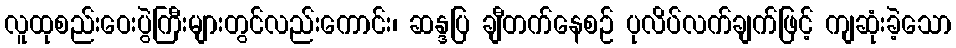
လူထုစည်းဝေးပွဲကြီးများတွင်လည်းကောင်း၊ ဆန္ဒပြ ချီတက်နေစဉ် ပုလိပ်လက်ချက်ဖြင့် ကျဆုံးခဲ့သော